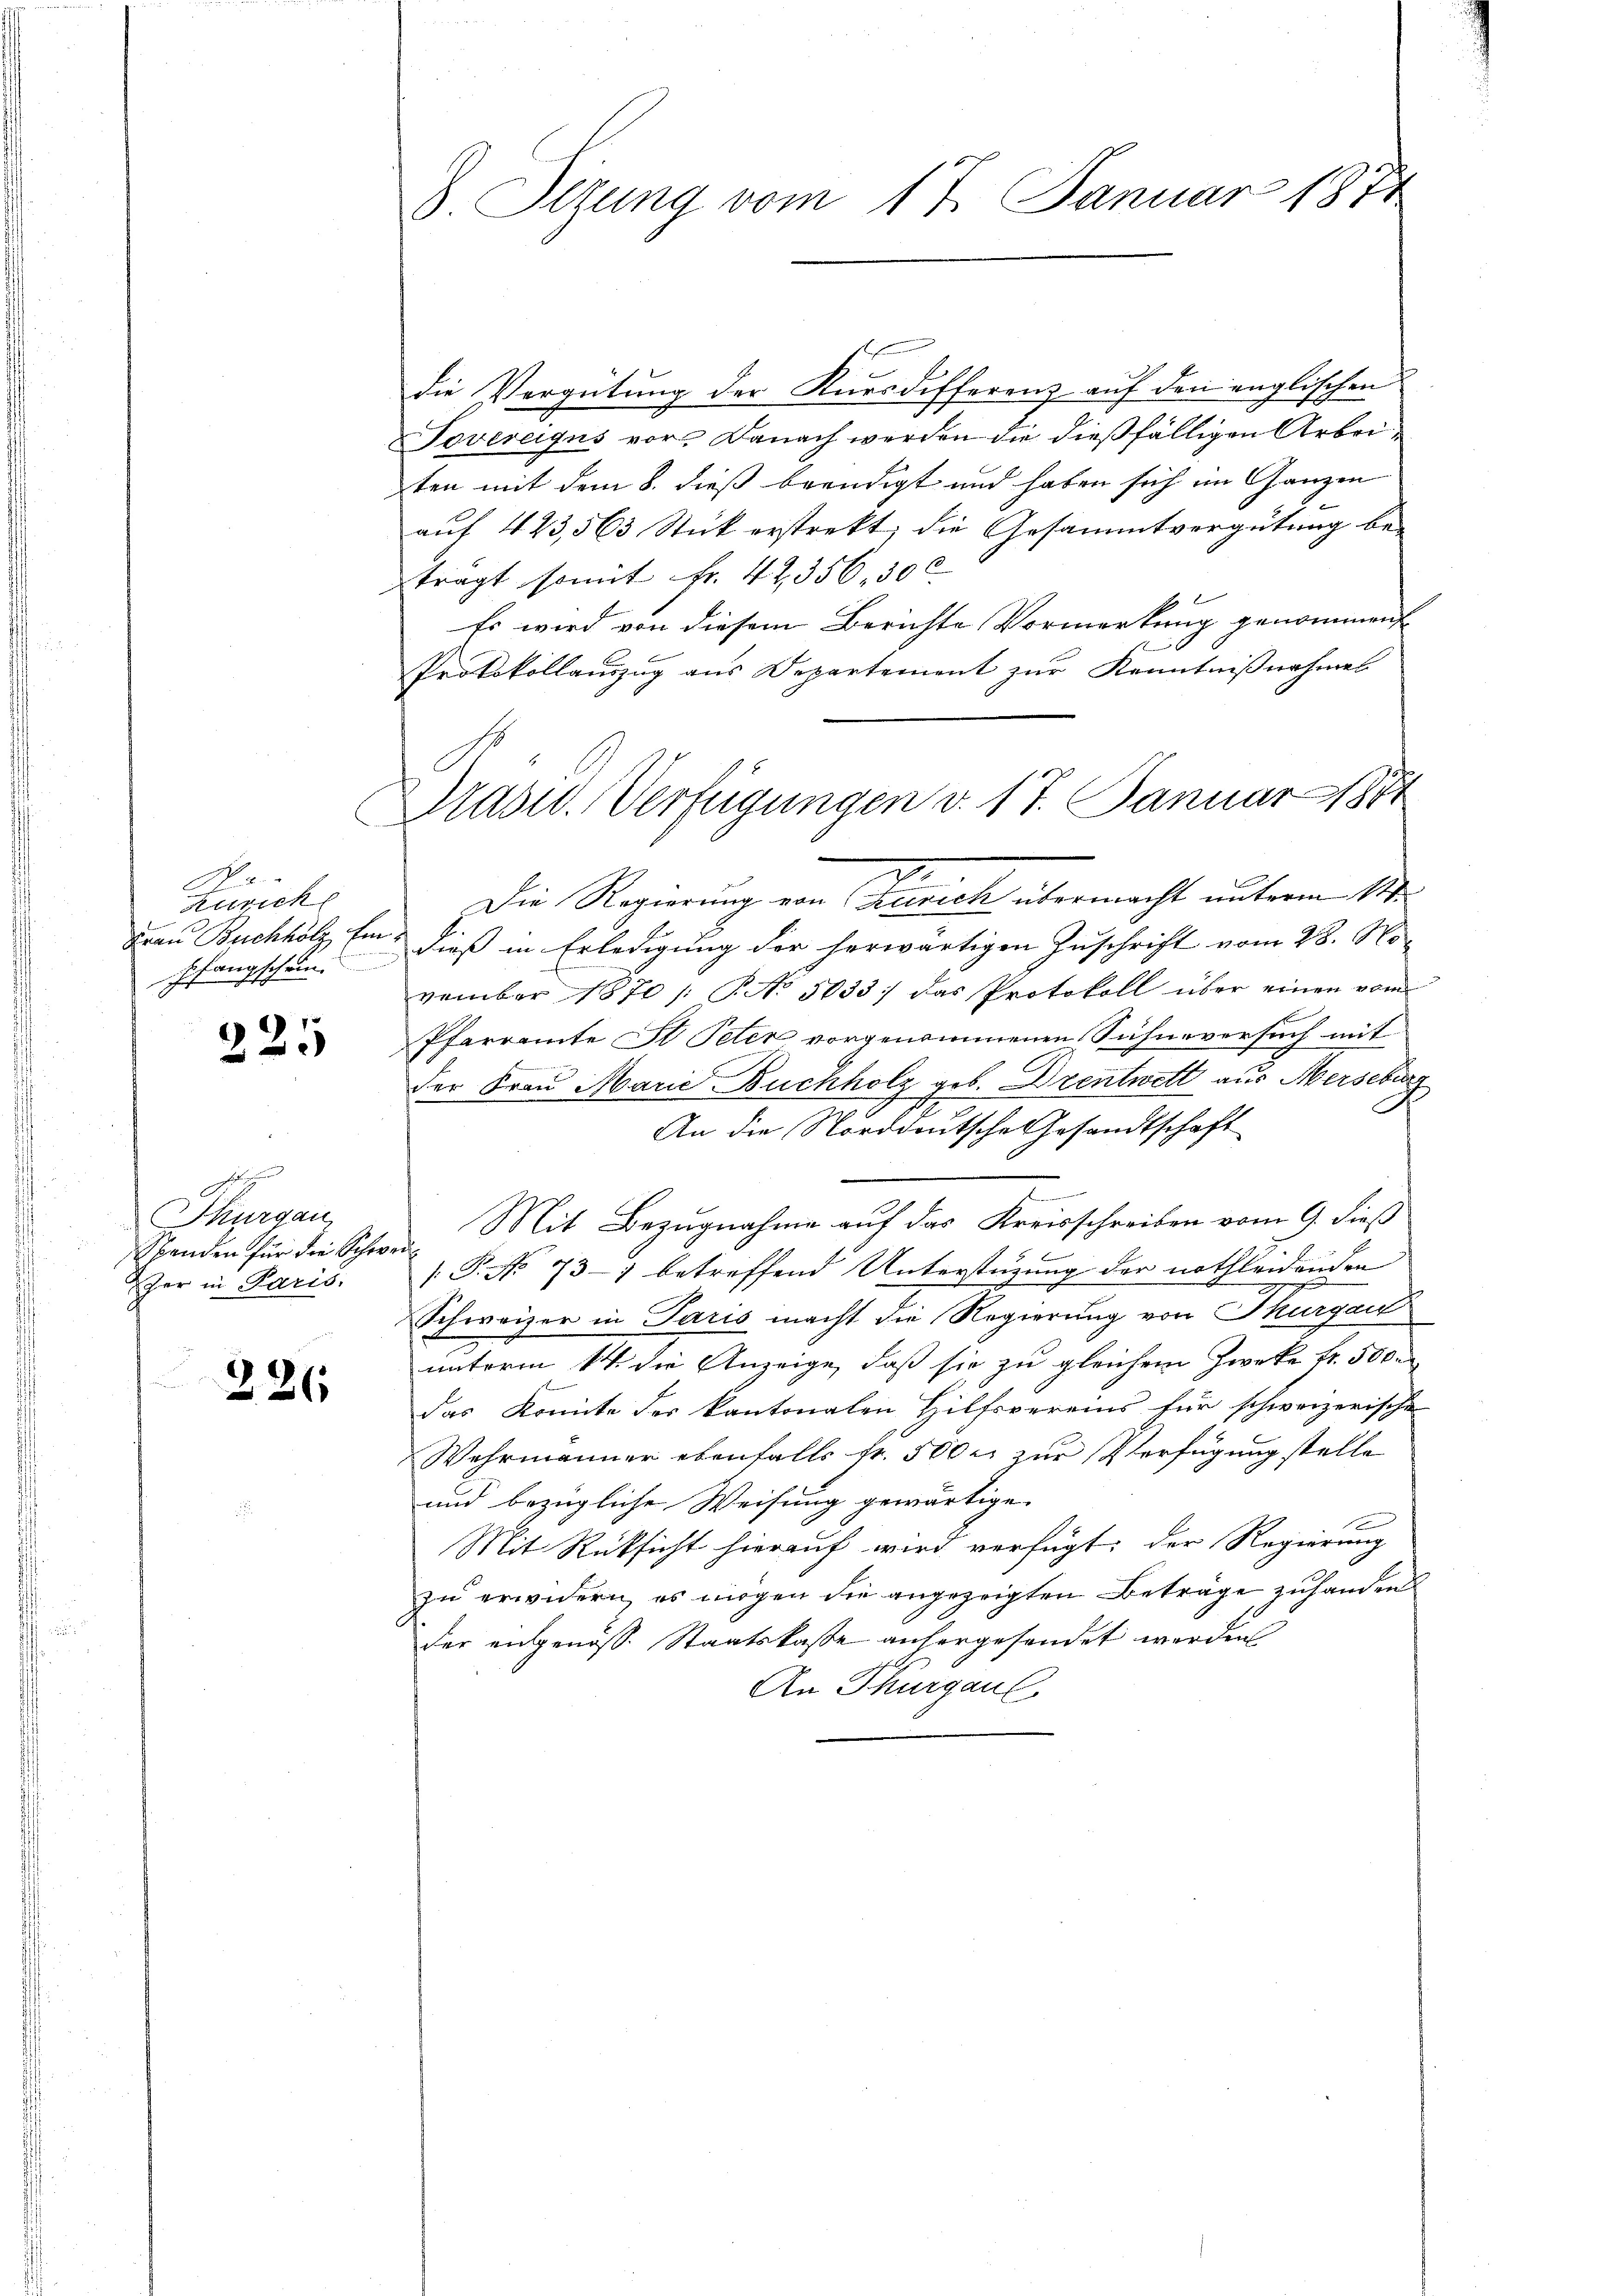
.
Zürich
spfangschein.

f 8 x
22.

Thurgau,
Sbenden für die Schweiher in Paris.

226

8. Sizung vom 17. Januar 1874

die Vergütung der Kursdifferenz auf den englischen
Tovereigus vor. Danach werden die dießfälligen Arbeiten mit dem 8. dieß beendigt und haben sich im Ganzen
auf 423,563 Stick erstrekt; die Gesammtvergütung be-
tragt somit Fr. 42356, 30 l
Es wird von diesem Berichte Vormerkung genommen
Protokollauszug aus Departement zur Kenntnißnahmen
7
Die Regierung von Zürich übermacht unterm 14.
dian Buchhölz Ein dieß in Erledigung der herwärtigen Zuschrift vom 28. November 1870 /: P. No 5033; das Protokoll über einen vom
Pfarramte St Peter vorgenommenen Sühneversuch mit
der Frau Marie Buchholz geb. Dzentwett aus Merseburg
An die Norddeutsche Gesandtschaft

Mit Bezugnahme auf das Kreisschreiben vom 9. dieß
c
 P. No 737 betreffend Unterstützung der nothleidenden
Schweizer in Paris macht die Regierung von Thurgau
unterm 14. die Anzeige, daß sie zu gleichem Zwecke Nr. 500
das Konnte des kantonalen Hilfsvereins für schweizerische
Wahrmänner ebenfalls fr. 500 r. zur Verfügung stelle
und bezügliche Weisung gewärtige

Mit Rüksicht hierauf wird verfügt: der Regierung
zu erwidern, es mögen die angezeigten Beträge zuhanden
der angenoss. Staatskasse anhergesendet werden
An Thurgaul

Präsid. Verfügungen v. 17. Januar 1881